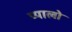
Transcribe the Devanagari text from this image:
प्यालो